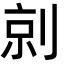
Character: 剠